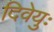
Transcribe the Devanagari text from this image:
दिवेयुः